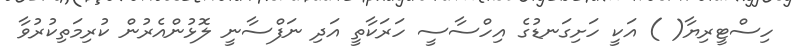
ހިސްޓީރިޔާ( ) އަކީ ހަށިގަނޑުގެ އިހްސާސީ ހަރަކާތީ އަދި ނަފްސާނީ ލޮޅުންއެރުން ކުރިމަތިކުރުވާ